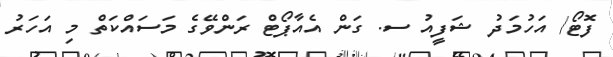
ފޮޓޯ/ އަހުމަދު ޝަފީއު ސ. ގަން އެއާޕޯޓް ރަންވޭގެ މަސައްކަތް މި އަހަރު